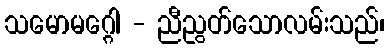
သမောမဂ္ဂေါ - ညီညွတ်သောလမ်းသည်၊